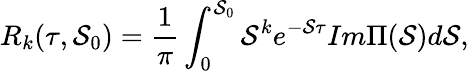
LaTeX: R_{k}(\tau,\mathcal{S}_{0})=\frac{{1}}{{\pi}}\int_{0}^{\mathcal{S}_{0}}\mathcal{S}^{k}e^{-\mathcal{S}\tau}Im\Pi(\mathcal{S})d\mathcal{S},